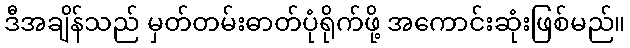
ဒီအချိန်သည် မှတ်တမ်းဓာတ်ပုံရိုက်ဖို့ အကောင်းဆုံးဖြစ်မည်။